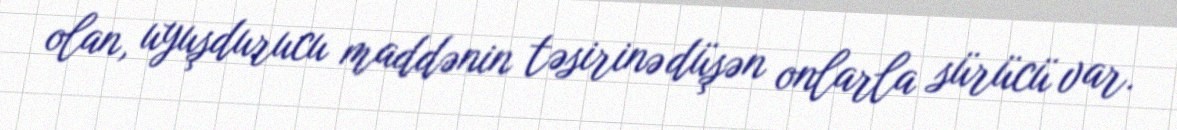
olan, uyuşdurucu maddənin təsirinə düşən onlarla sürücü var.